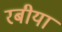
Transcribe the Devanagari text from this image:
रबीया